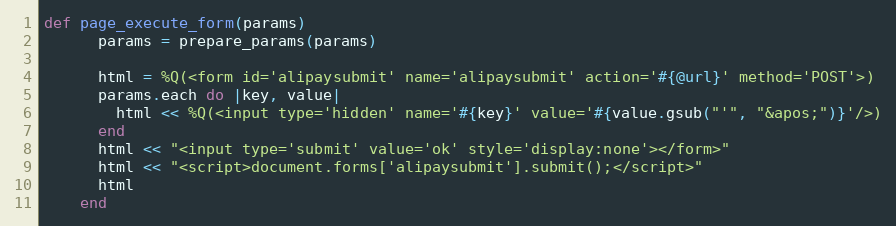
Language: Ruby
def page_execute_form(params)
      params = prepare_params(params)

      html = %Q(<form id='alipaysubmit' name='alipaysubmit' action='#{@url}' method='POST'>)
      params.each do |key, value|
        html << %Q(<input type='hidden' name='#{key}' value='#{value.gsub("'", "&apos;")}'/>)
      end
      html << "<input type='submit' value='ok' style='display:none'></form>"
      html << "<script>document.forms['alipaysubmit'].submit();</script>"
      html
    end